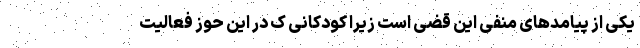
یکی از پیامدهای منفی این قضی است زیرا کودکانی ک در این حوز فعالیت